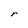
Character: r